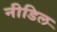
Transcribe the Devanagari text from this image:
नीडिल